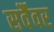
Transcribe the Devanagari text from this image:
सर्वैवर